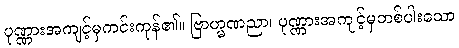
ပုဏ္ဏားအကျင့်မှကင်းကုန်၏။ ဗြာဟ္မဏညာ၊ ပုဏ္ဏားအကျင့်မှတစ်ပါးသော